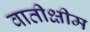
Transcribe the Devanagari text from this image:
वातीक्षीम